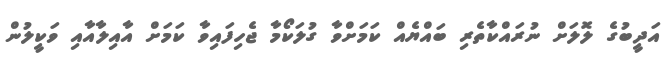
އަދީބުގެ ލޮލަށް ނުރައްކާތެރި ބައްޔެއް ކަމަށްވާ ގުލަކޯމާ ޖެހިފައިވާ ކަމަށް އާއިލާއާއި ވަކީލުން